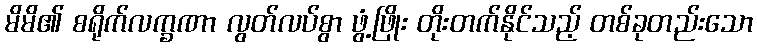
မိမိ၏ စရိုက်လက္ခဏာ လွတ်လပ်စွာ ဖွံ့ဖြိုး တိုးတက်နိုင်သည့် တစ်ခုတည်းသော